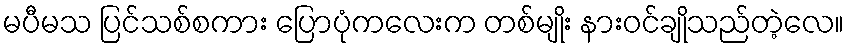
မပီမသ ပြင်သစ်စကား ပြောပုံကလေးက တစ်မျိုး နားဝင်ချိုသည်တဲ့လေ။